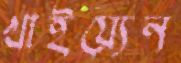
খাইয়্যেন